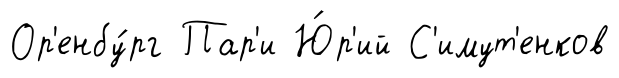
Ор'енбу́рг Пар'и Ю́р'ий С'имут'енков